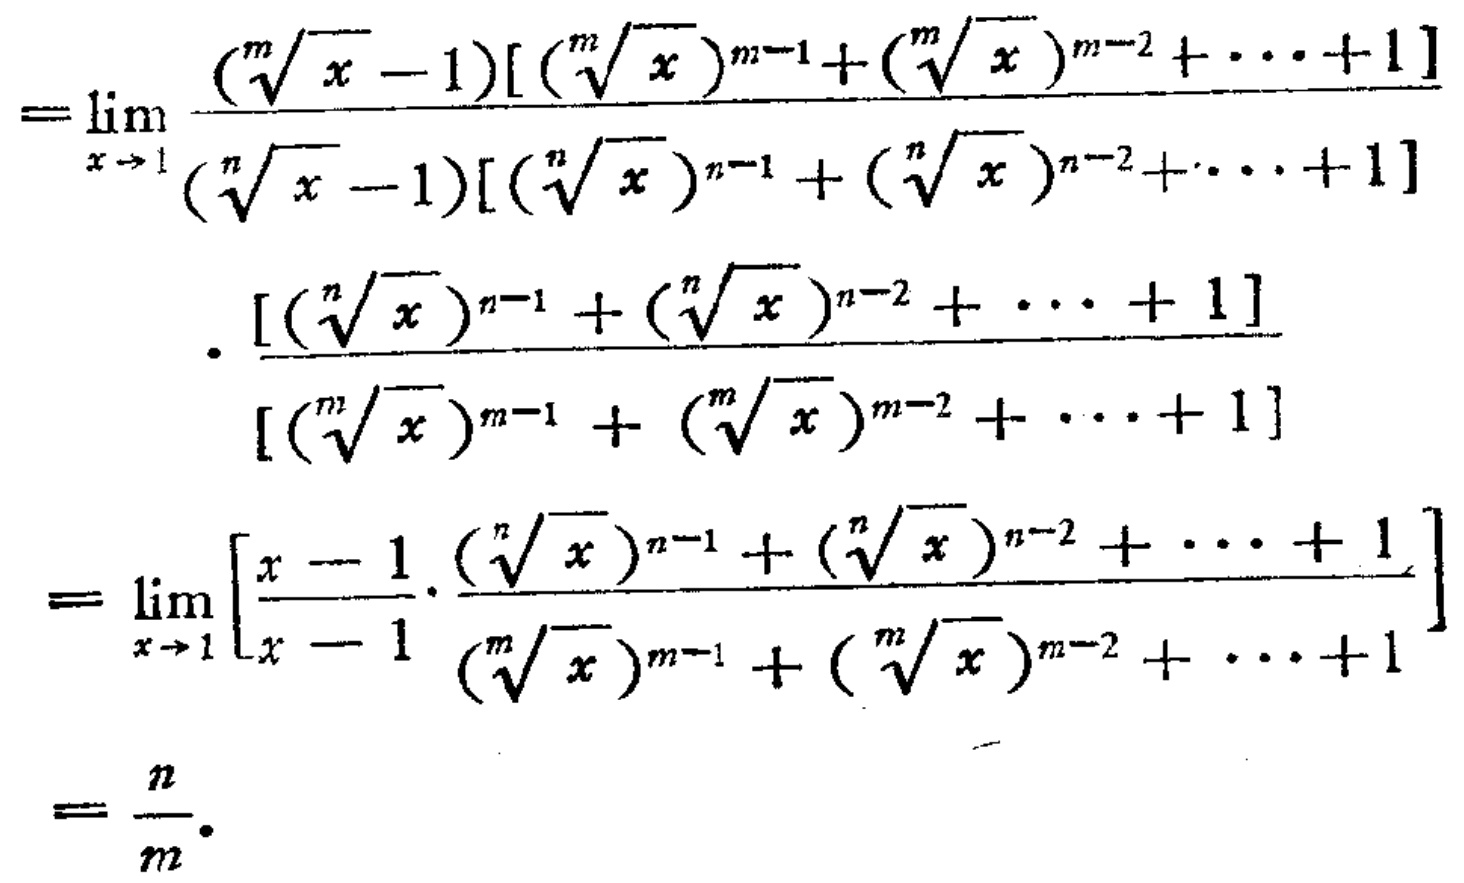
\[
\begin{align*}
=&\lim_{x \to 1} \frac{(\sqrt[m]{x} - 1)[(\sqrt[m]{x})^{m - 1} + (\sqrt[m]{x})^{m - 2} + \cdots + 1]}{(\sqrt[n]{x} - 1)[(\sqrt[n]{x})^{n - 1} + (\sqrt[n]{x})^{n - 2} + \cdots + 1]}\\
&\cdot \frac{[(\sqrt[n]{x})^{n - 1} + (\sqrt[n]{x})^{n - 2} + \cdots + 1]}{[(\sqrt[m]{x})^{m - 1} + (\sqrt[m]{x})^{m - 2} + \cdots + 1]}\\
=&\lim_{x \to 1} \left[\frac{x - 1}{x - 1} \cdot \frac{(\sqrt[n]{x})^{n - 1} + (\sqrt[n]{x})^{n - 2} + \cdots + 1}{(\sqrt[m]{x})^{m - 1} + (\sqrt[m]{x})^{m - 2} + \cdots + 1}\right]\\
=&\frac{n}{m}.
\end{align*}
\]